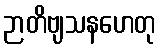
ဉာတိဗျသနဟေတု